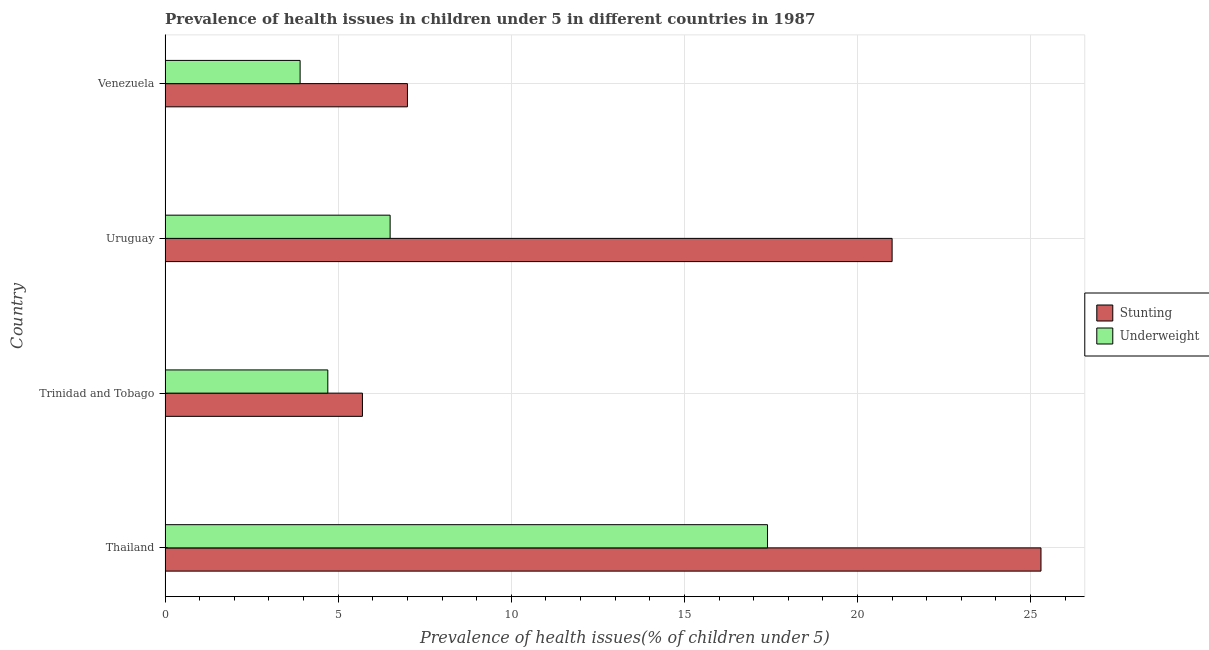
| Country | Stunting | Underweight |
 | --- | --- | --- |
 | Thailand | 25.3 | 17.4 |
 | Trinidad and Tobago | 5.7 | 4.7 |
 | Uruguay | 21 | 6.5 |
 | Venezuela | 7 | 3.9 |